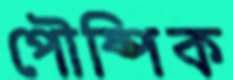
পৌষ্পিক